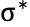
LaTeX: \upsigma^{*}